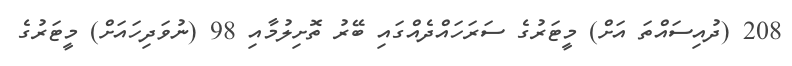
208 (ދުއިސައްތަ އަށް) މީޓަރުގެ ސަރަހައްދެއްގައި ބޭރު ތޮށިލުމާއި 98 (ނުވަދިހައަށް) މީޓަރުގެ